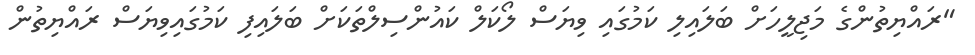
"ރައްޔިތުންގެ މަޖިލީހަށް ބަލައިލި ކަމުގައި ވިޔަސް ލޯކަލް ކައުންސިލްތަކަށް ބަލައިފި ކަމުގައިވިޔަސް ރައްޔިތުން